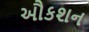
ઔકશન